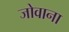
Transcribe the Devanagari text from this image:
जोवाना